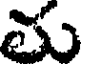
తు